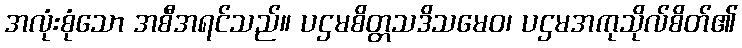
အလုံးစုံသော အစီအရင်သည်။ ပဌမစိတ္တသဒိသမေဝ၊ ပဌမအကုသိုလ်စိတ်၏